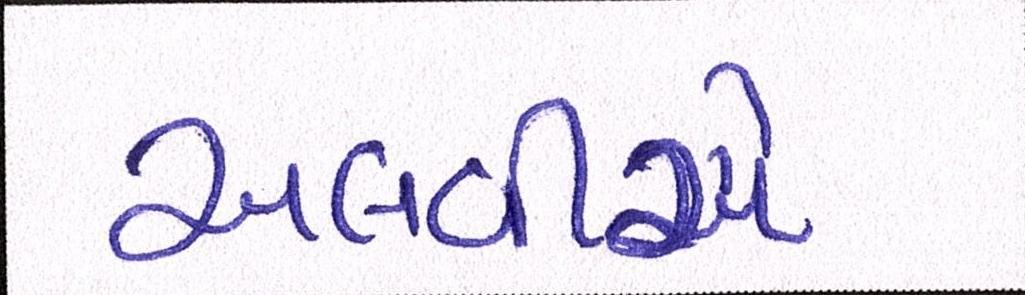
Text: અલવીએ